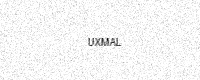
Text: UXMAL